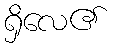
ရှိလေ၏